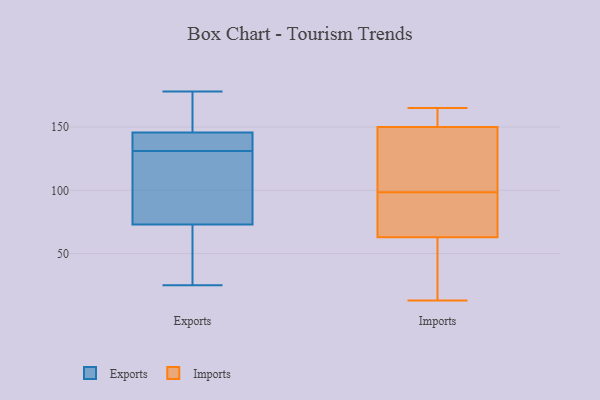
{"axis": {"x": "Page Views", "y": "Value"}, "legend": ["Exports", "Imports"], "data": [{"x": "", "y": 126, "type": "Exports"}, {"x": "", "y": 145, "type": "Exports"}, {"x": "", "y": 131, "type": "Exports"}, {"x": "", "y": 40, "type": "Exports"}, {"x": "", "y": 44, "type": "Exports"}, {"x": "", "y": 178, "type": "Exports"}, {"x": "", "y": 112, "type": "Exports"}, {"x": "", "y": 146, "type": "Exports"}, {"x": "", "y": 152, "type": "Exports"}, {"x": "", "y": 143, "type": "Exports"}, {"x": "", "y": 25, "type": "Exports"}, {"x": "", "y": 142, "type": "Exports"}, {"x": "", "y": 60, "type": "Exports"}, {"x": "", "y": 149, "type": "Exports"}, {"x": "", "y": 129, "type": "Exports"}, {"x": "", "y": 63, "type": "Imports"}, {"x": "", "y": 165, "type": "Imports"}, {"x": "", "y": 83, "type": "Imports"}, {"x": "", "y": 161, "type": "Imports"}, {"x": "", "y": 134, "type": "Imports"}, {"x": "", "y": 13, "type": "Imports"}, {"x": "", "y": 133, "type": "Imports"}, {"x": "", "y": 150, "type": "Imports"}, {"x": "", "y": 72, "type": "Imports"}, {"x": "", "y": 158, "type": "Imports"}, {"x": "", "y": 114, "type": "Imports"}, {"x": "", "y": 81, "type": "Imports"}, {"x": "", "y": 18, "type": "Imports"}, {"x": "", "y": 47, "type": "Imports"}]}